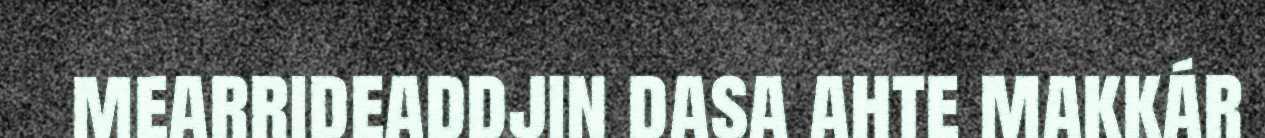
mearrideaddjin dasa ahte makkár